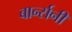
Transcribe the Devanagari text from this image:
बार्न्सनी